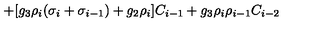
+ [ g _ { 3 } \rho _ { i } ( \sigma _ { i } + \sigma _ { i - 1 } ) + g _ { 2 } \rho _ { i } ] C _ { i - 1 } + g _ { 3 } \rho _ { i } \rho _ { i - 1 } C _ { i - 2 }